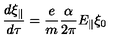
\frac { d \xi _ { \parallel } } { d \tau } = \frac { e } { m } \frac { \alpha } { 2 \pi } E _ { \parallel } \xi _ { 0 }